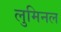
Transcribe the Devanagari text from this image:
लुमिनल